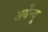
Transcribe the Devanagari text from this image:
अर्धेन्दु